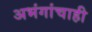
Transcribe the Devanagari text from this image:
अभंगांचाही